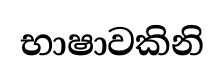
භාෂාවකිනි